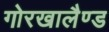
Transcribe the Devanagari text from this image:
गोरखालैण्ड